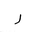
Letter: _ra